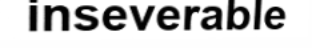
inseverable